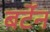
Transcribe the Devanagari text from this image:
बर्टेन